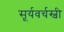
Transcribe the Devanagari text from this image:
सूर्यवर्चस्वी